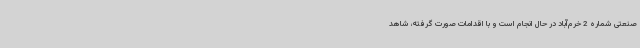
صنعتی شماره 2 خرم‌آباد در حال انجام است و با اقدامات صورت گرفته، شاهد